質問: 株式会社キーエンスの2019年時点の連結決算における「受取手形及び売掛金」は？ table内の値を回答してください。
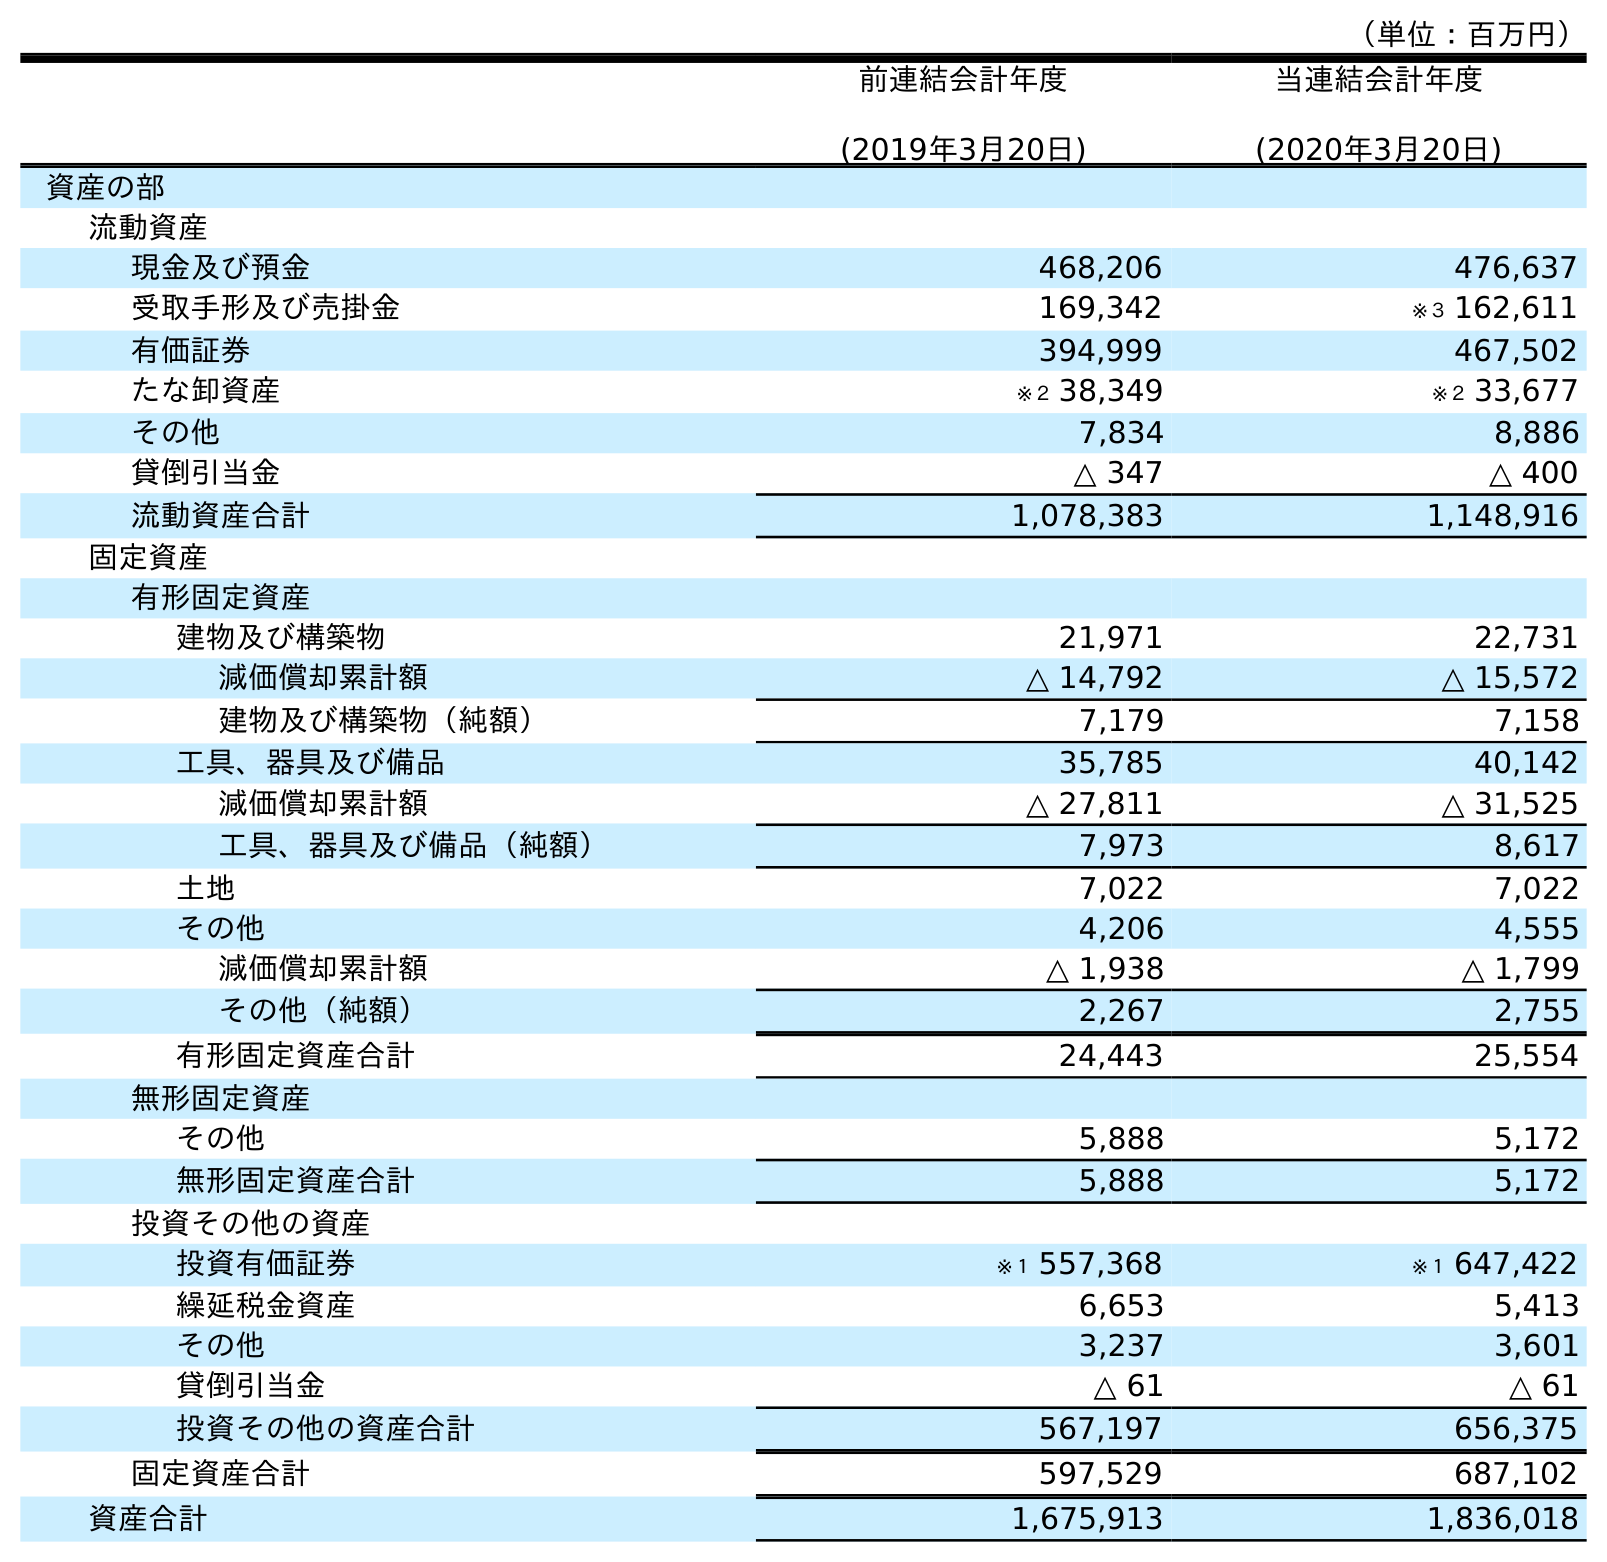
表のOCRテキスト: （単位：百万円） 前連結会計年度 (2019年3月20日) 当連結会計年度 (2020年3月20日) 資産の部 流動資産 現金及び預金 468,206 476,637 受取手形及び売掛金 169,342 ※３ 162,611 有価証券 394,999 467,502 たな卸資産 ※２ 38,349 ※２ 33,677 その他 7,834 8,886 貸倒引当金 △ 347 △ 400 流動資産合計 1,078,383 1,148,916 固定資産 有形固定資産 建物及び構築物 21,971 22,731 減価償却累計額 △ 14,792 △ 15,572 建物及び構築物（純額） 7,179 7,158 工具、器具及び備品 35,785 40,142 減価償却累計額 △ 27,811 △ 31,525 工具、器具及び備品（純額） 7,973 8,617 土地 7,022 7,022 その他 4,206 4,555 減価償却累計額 △ 1,938 △ 1,799 その他（純額） 2,267 2,755 有形固定資産合計 24,443 25,554 無形固定資産 その他 5,888 5,172 無形固定資産合計 5,888 5,172 投資その他の資産 投資有価証券 ※１ 557,368 ※１ 647,422 繰延税金資産 6,653 5,413 その他 3,237 3,601 貸倒引当金 △ 61 △ 61 投資その他の資産合計 567,197 656,375 固定資産合計 597,529 687,102 資産合計 1,675,913 1,836,018
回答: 169,342